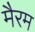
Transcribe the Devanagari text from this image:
मैरम